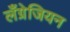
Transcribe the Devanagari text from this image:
लँग्रेजियन